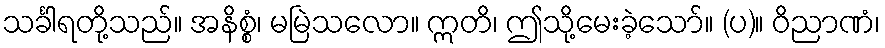
သင်္ခါရတို့သည်။ အနိစ္စံ၊ မမြဲသလော။ ဣတိ၊ ဤသို့မေးခဲ့သော်။ (ပ)။ ဝိညာဏံ၊